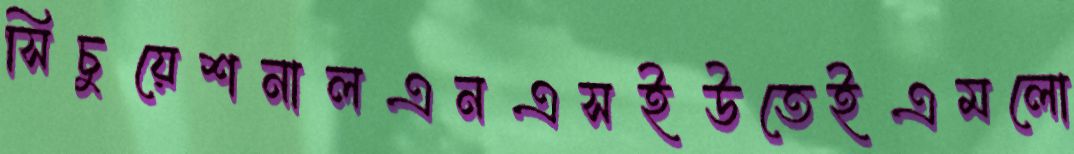
সিচুয়েশনালএনএসইউতেইএমলো